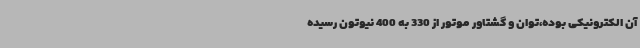
آن الکترونیکی بوده،توان و گشتاور موتور از 330 به 400 نیوتون رسیده